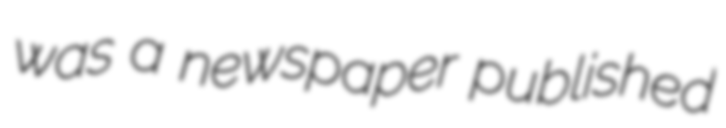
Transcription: was a newspaper published